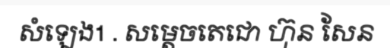
សំឡេង1 . សម្តេចតេជោ ហ៊ុន សែន